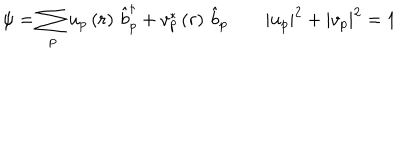
LaTeX: \psi = \sum _ { p } u _ { p } \left( r \right) \, \hat { b } _ { p } ^ { \dagger } + v _ { p } ^ { * } \left( r \right) \, \hat { b } _ { p } \qquad | u _ { p } | ^ { 2 } + | v _ { p } | ^ { 2 } = 1